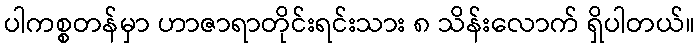
ပါကစ္စတန်မှာ ဟာဇာရာတိုင်းရင်းသား ၈ သိန်းလောက် ရှိပါတယ်။